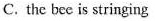
C. the bee is stringing